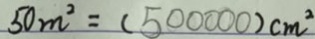
5 0 m ^ { 2 } = ( 5 0 0 0 0 0 ) c m ^ { 2 }